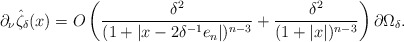
\begin{align*}\partial_\nu \hat \zeta_\delta(x)=O\left(\frac{\delta^2}{(1+|x-2\delta^{-1}e_n|)^{n-3}}+ \frac{\delta^2}{(1+|x|)^{n-3}}\right) \partial \Omega_\delta.\end{align*}